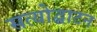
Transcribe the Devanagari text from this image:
सत्योद्घाटन